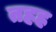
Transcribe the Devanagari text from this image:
तहह